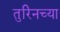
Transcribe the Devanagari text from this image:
तुरिनच्या